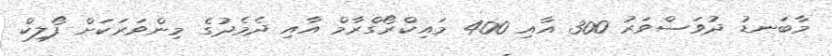
މާބަނޑު ދުވަސްވަރު 300 އާއި 400 މައިކްރޯގްރާމް އާއި ދެމެދުގެ މިންވަރަކަށް ފޯލިކް